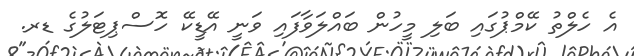
އެ ހެލްތު ކޭމްޕުގައި ބަލި މީހުން ބައްލަވާފައި ވަނީ އޭޑީކޭ ހޮސްޕިޓަލުގެ ޑރ.